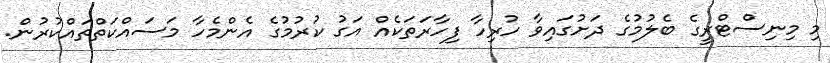
މި މިނިސްޓްރީގެ ބެލުމުގެ ދަށުގައިވާ ހުރިހާ ފިހާރަތަކެއް އަގު ކުރުމުގެ އެންމެހާ މަސައްކަތްތައްކުރުން.